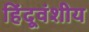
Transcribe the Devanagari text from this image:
हिंदूवंशीय